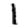
Digit: 1